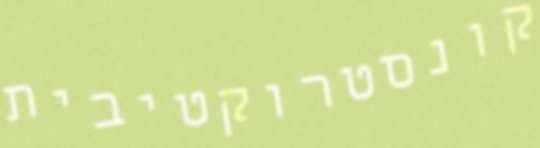
קונסטרוקטיבית